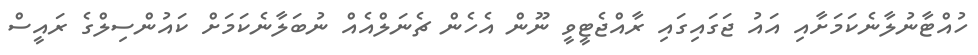
ހުއްޓާނުލާނެކަމަށާއި އައު ޖަގައިގައި ރާއްޖެޓީވީ ނޫން އެހެން ޗެނަލްއެއް ނުބަލާނެކަމަށް ކައުންސިލްގެ ރައީސް